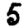
Digit: 5